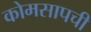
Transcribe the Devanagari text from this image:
कोमसापची